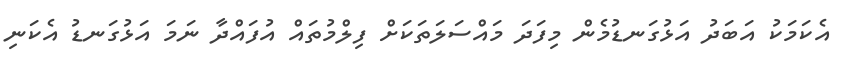
އެކަމަކު އަބަދު އަޅުގަނޑުމެން މިފަދަ މައްސަލަތަކަށް ފިލްމުތައް އުފައްދާ ނަމަ އަޅުގަނޑު އެކަނި